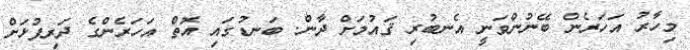
މިހާރު އަހަރެން ބޭނުންވަނީ އެނބުރި ޤައުމަށް ދާން. ބަނޑުގައި އޮތް އަހަރެންގެ ދަރިފުޅަށް